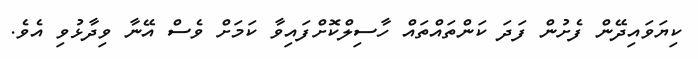
ކިޔަވައިދޭން ފެށުން ފަދަ ކަންތައްތައް ހާސިލްކޮށްފައިވާ ކަމަށް ވެސް އޭނާ ވިދާޅުވި އެވެ.